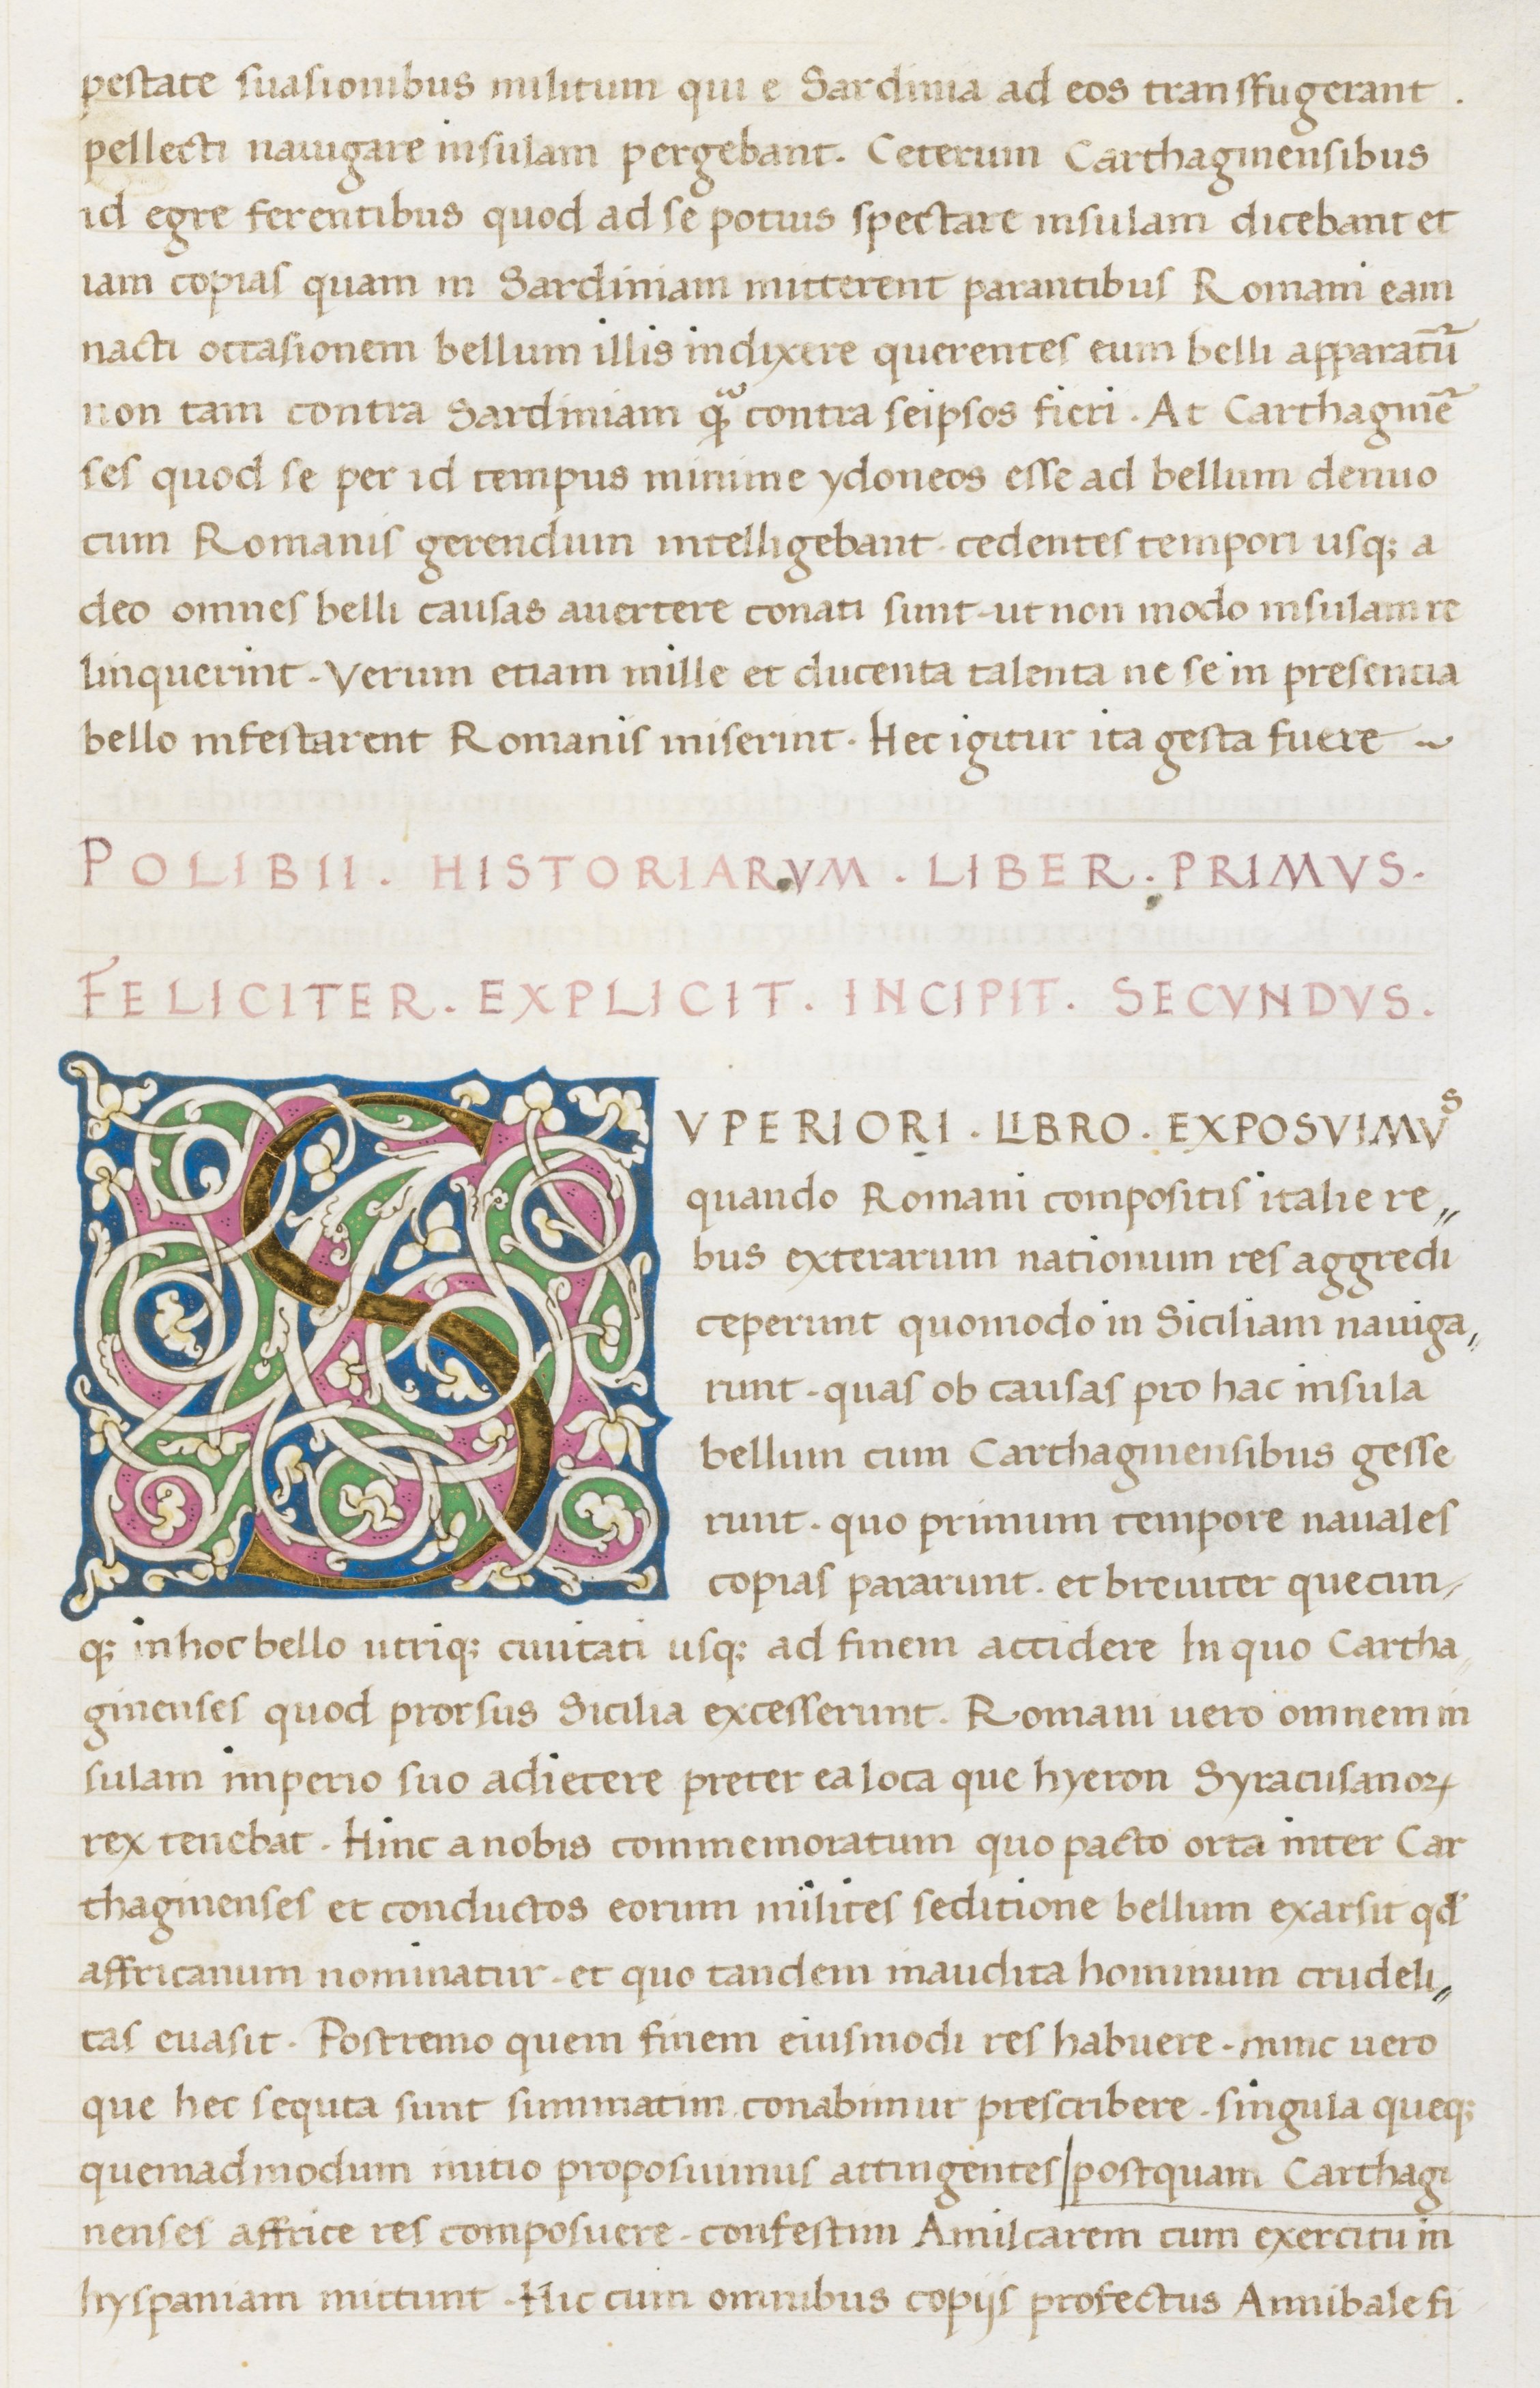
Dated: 1400–1499